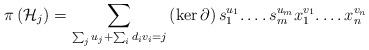
LaTeX: \begin{align*}\pi\left(\mathcal{H}_{j}\right)=\sum_{\sum_{j}u_{j}+\sum_{i}d_{i}v_{i}=j}\left(\ker\partial\right)s_{1}^{u_{1}}.\ldots s_{m}^{u_{m}}x_{1}^{v_{1}}.\ldots x_{n}^{v_{n}}\end{align*}